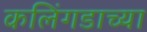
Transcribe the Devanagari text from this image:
कलिंगडाच्या